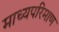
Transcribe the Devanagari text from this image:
माध्यपरिमाण